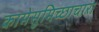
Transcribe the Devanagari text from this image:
कामेसुमिच्छाचारा